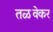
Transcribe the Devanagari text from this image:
तळवेकर